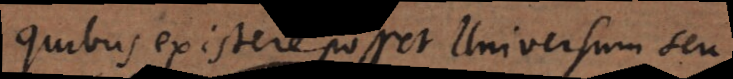
quibus existere posset Universum seu